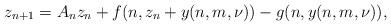
LaTeX: \begin{align*}z_{n+1}=A_{n}z_{n}+f(n,z_{n}+y(n,m,\nu))-g(n,y(n,m,\nu)),\end{align*}